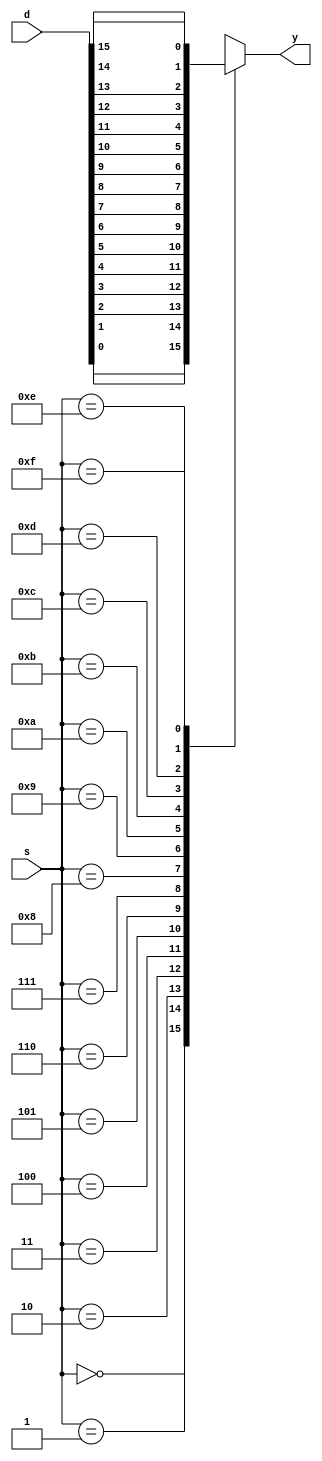
`timescale 1ns / 1ps
//////////////////////////////////////////////////////////////////////////////////
// Company: 
// Engineer: 
// 
// Design Name: 
// Module Name: mux_16to1
// Project Name: 
// Target Devices: 
// Tool Versions: 
// Description: 
// 
// Dependencies: 
// 
// Revision:
// Revision 0.01 - File Created
// Additional Comments:
// 
//////////////////////////////////////////////////////////////////////////////////


module mux_16to1(
    input [15:0] d,
    input [3:0] s,
    output reg y
    );
    always@(*) 
    begin 
    case(s) 
    4'b0000:y=d[0];
    4'b0001:y=d[1];
    4'b0010:y=d[2];
    4'b0011:y=d[3];
    4'b0100:y=d[4];
    4'b0101:y=d[5];
    4'b0110:y=d[6];
    4'b0111:y=d[7];
    4'b1000:y=d[8];
    4'b1001:y=d[9];
    4'b1010:y=d[10];
    4'b1011:y=d[11];
    4'b1100:y=d[12];
    4'b1101:y=d[13];
    4'b1110:y=d[14];
    4'b1111:y=d[15];
    endcase
    end
endmodule